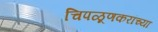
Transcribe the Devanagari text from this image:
चिपळूणकरांच्या